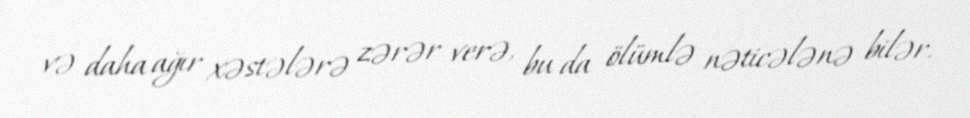
və daha ağır xəstələrə zərər verə, bu da ölümlə nəticələnə bilər.